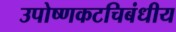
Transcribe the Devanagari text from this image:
उपोष्णकटचिबंधीय